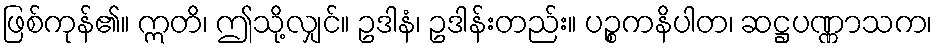
ဖြစ်ကုန်၏။ ဣတိ၊ ဤသို့လျှင်။ ဥဒါနံ၊ ဥဒါန်းတည်း။ ပဉ္စကနိပါတ၊ ဆဋ္ဌပဏ္ဏာသက၊